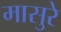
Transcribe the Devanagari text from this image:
मासुरे